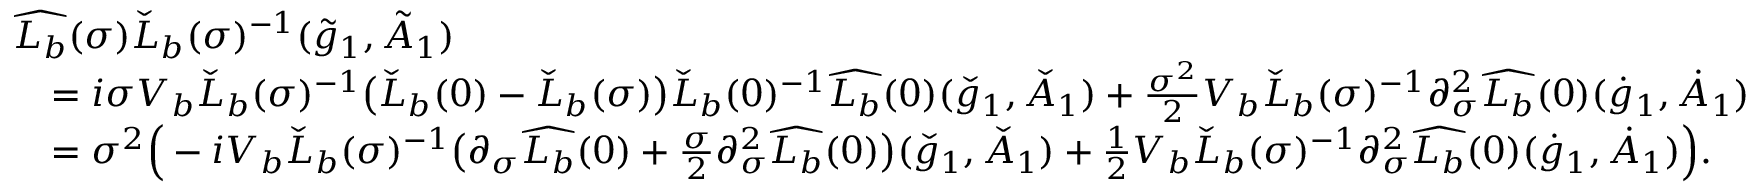
\begin{array} { r l } & { \widehat { L _ { b } } ( \sigma ) \check { L } _ { b } ( \sigma ) ^ { - 1 } ( \tilde { g } _ { 1 } , \tilde { A } _ { 1 } ) } \\ & { \quad = i \sigma V _ { b } \check { L } _ { b } ( \sigma ) ^ { - 1 } \big ( \check { L } _ { b } ( 0 ) - \check { L } _ { b } ( \sigma ) \big ) \check { L } _ { b } ( 0 ) ^ { - 1 } \widehat { L _ { b } } ( 0 ) ( \check { g } _ { 1 } , \check { A } _ { 1 } ) + \frac { \sigma ^ { 2 } } { 2 } V _ { b } \check { L } _ { b } ( \sigma ) ^ { - 1 } \partial _ { \sigma } ^ { 2 } \widehat { L _ { b } } ( 0 ) ( \dot { g } _ { 1 } , \dot { A } _ { 1 } ) } \\ & { \quad = \sigma ^ { 2 } \Big ( - i V _ { b } \check { L } _ { b } ( \sigma ) ^ { - 1 } \big ( \partial _ { \sigma } \widehat { L _ { b } } ( 0 ) + \frac { \sigma } { 2 } \partial _ { \sigma } ^ { 2 } \widehat { L _ { b } } ( 0 ) \big ) ( \check { g } _ { 1 } , \check { A } _ { 1 } ) + \frac { 1 } { 2 } V _ { b } \check { L } _ { b } ( \sigma ) ^ { - 1 } \partial _ { \sigma } ^ { 2 } \widehat { L _ { b } } ( 0 ) ( \dot { g } _ { 1 } , \dot { A } _ { 1 } ) \Big ) . } \end{array}